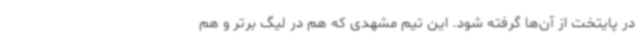
در پایتخت از آن‌ها گرفته شود. این تیم مشهدی که هم در لیگ برتر و هم